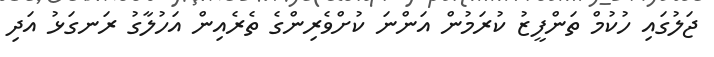
ޖަލުގައި ހުކުމް ތަންފީޒު ކުރަމުން އަންނަ ކުށްވެރިންގެ ތެރެއިން އަހުލާގު ރަނގަޅު އަދި